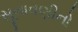
સૂનાવણીનો